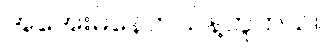
အအေးမိနေတယ်နဲ့တူတယ်။